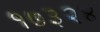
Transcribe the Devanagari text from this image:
१७३२४